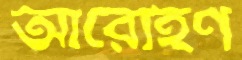
আরোহণ